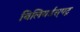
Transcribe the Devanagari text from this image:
बिलियर्डस्‌पटू